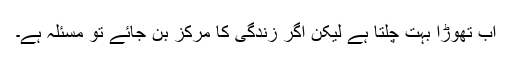
اب تھوڑا بہت چلتا ہے لیکن اگر زندگی کا مرکز بن جائے تو مسئلہ ہے۔